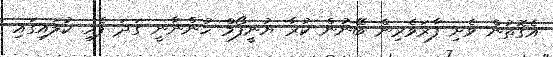
އެގޮތުން ވެށި ފާރަވެރިން ބޭނުން ކުރާ ޔުނީފޯމް ހުންނާނީ ގަދަ ފެހި ކުލައިގައި